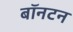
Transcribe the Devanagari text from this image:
बॉनटन